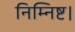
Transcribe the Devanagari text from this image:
निम्निष्ट।